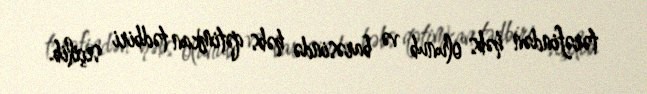
tərəfindən həbs olunub və barəsində həbs qətimkan tədbiri seçilib.